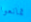
تمانعوا